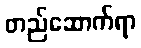
တည်ဆောက်ရာ